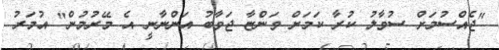
"ޖެއްސުމަށް ސުވާލު ކުރާ ކަމަށް ވަންޏާ ޖަވާބު އަންނާނީ އެ މޭރުމުން" އުމަރު